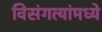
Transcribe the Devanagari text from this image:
विसंगत्यांमध्ये